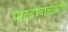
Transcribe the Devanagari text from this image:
पाठवण्याचेआणि